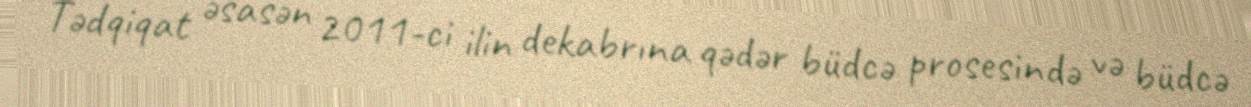
Tədqiqat əsasən 2011-ci ilin dekabrına qədər büdcə prosesində və büdcə